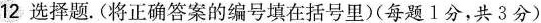
12 选择题。（将正确答案的编号填在括号里）（每题1分，共3分）